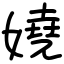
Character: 嬈